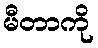
မီတာကို